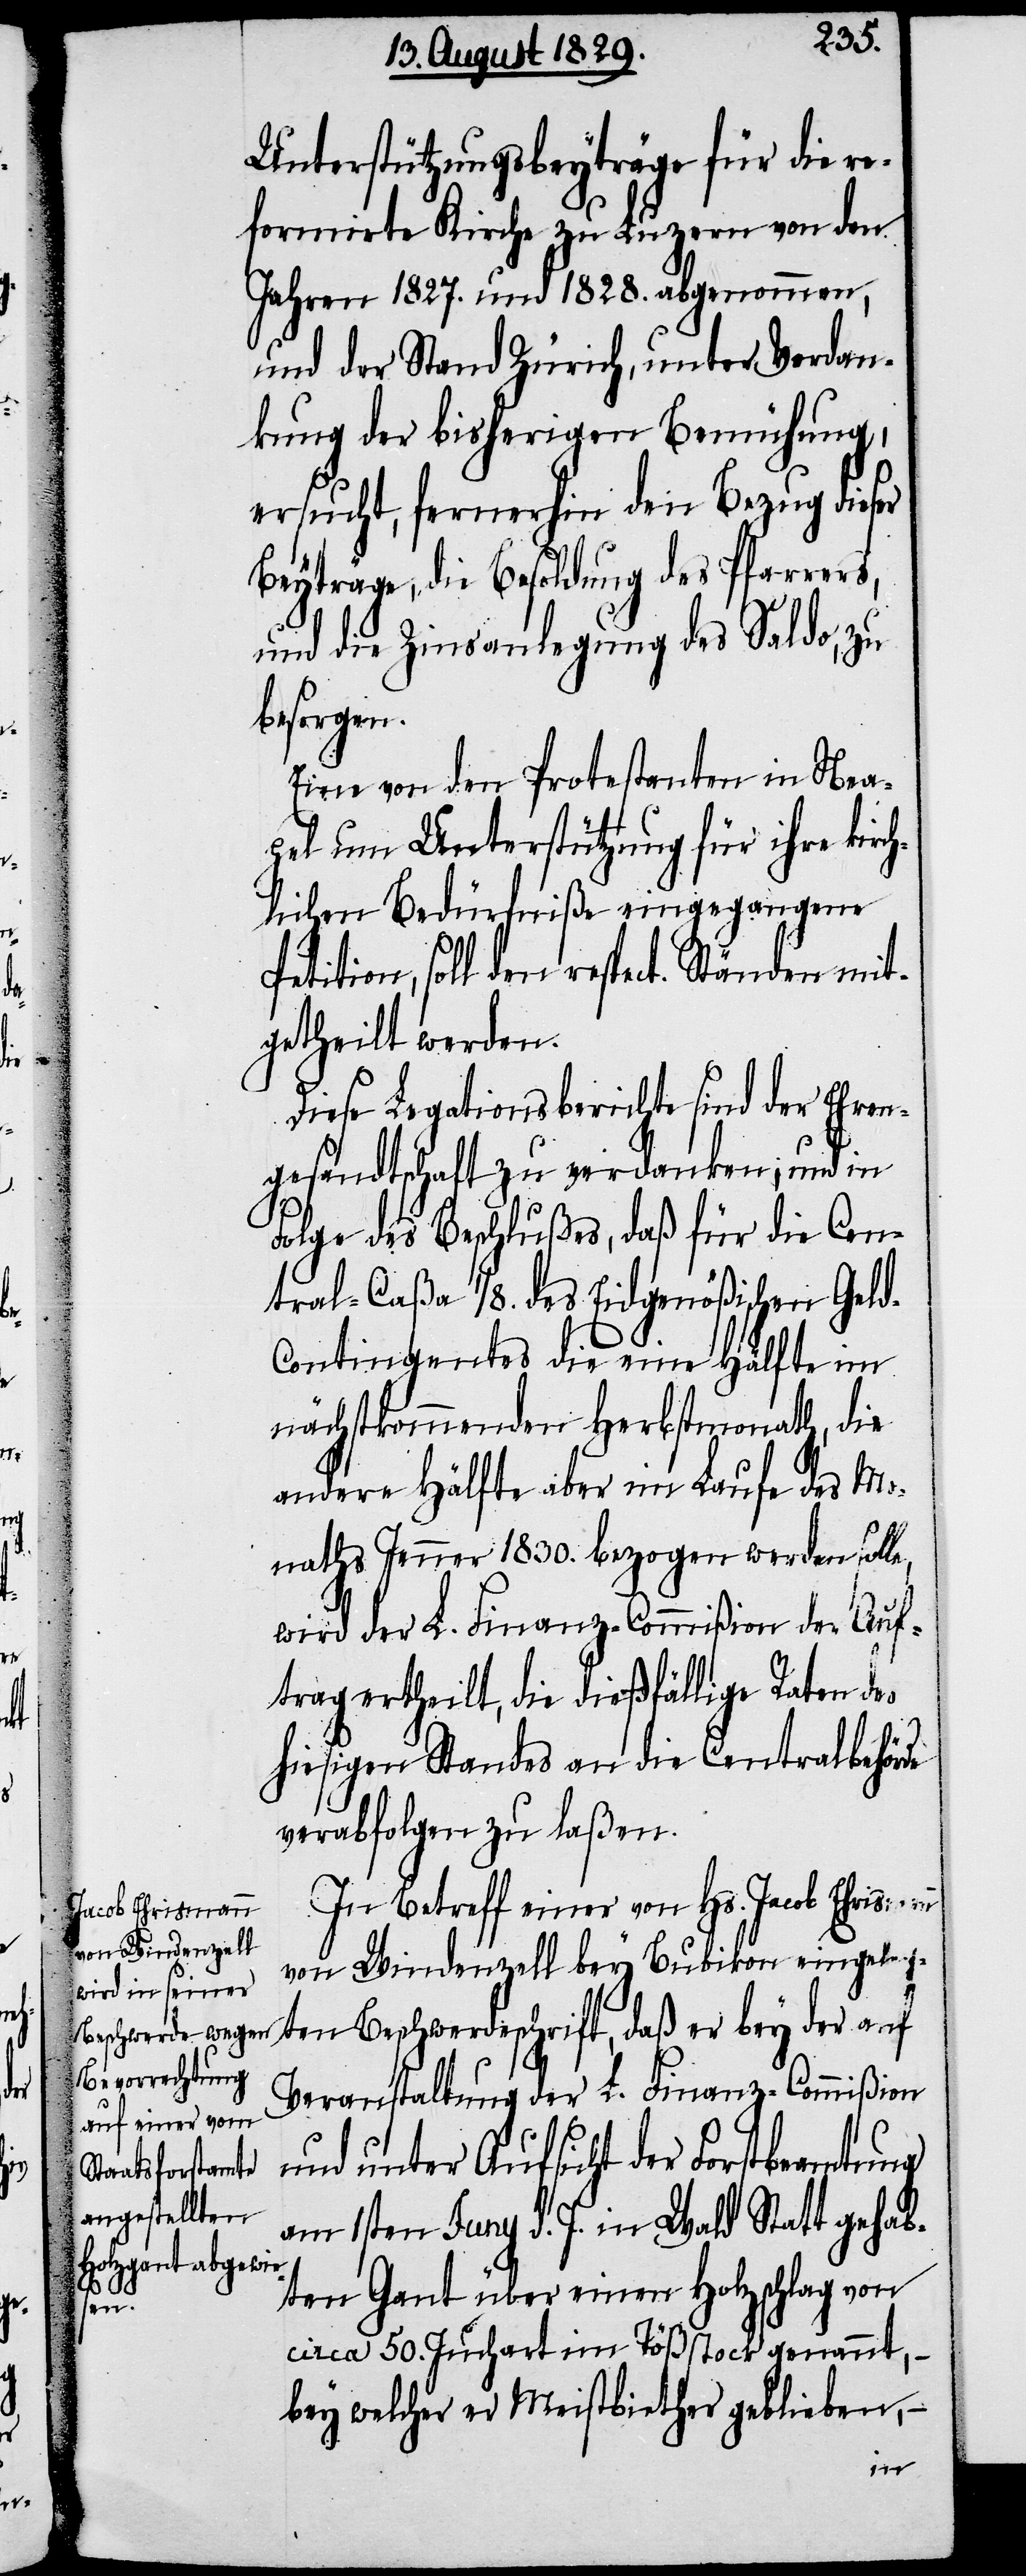
auf
der

Unterstützungsbeyträge für die re¬
formirte Kirche zu Luzern von den
Jahren 1827. und 1828. abgenommen,
und der Stand Zürich, unter Verdan¬
kung der bisherigen Bemühungen,
ersucht, fernerhin den Bezug dieser
Beyträge, die Besoldung des Pfarrers,
und die Zinsanlegung des Saldo, zu
besorgen.
Eine von den Protestanten in Nea¬
pel um Unterstützung für ihre kirc¬
hlichen Bedürfniße eingegangene
Petition, soll den respect. Ständen mit¬
getheilt werden.
Diese Legationsberichte sind der Ehren¬
gesandtschaft zu verdanken, und in
Folge des Beschlußes, daß für die Cen¬
tral-Caßa ⅛. des Eidgenößischen Gel¬
d-Contingentes die eine Hälfte im
nächstkommenden Herbstmonath, die
andere Hälfte aber im Laufe des Mo¬
naths Jenner 1830. bezogen werden solle,
wird der L. Finanz-Commißion der Auf¬
trag ertheilt, die dießfällige Raten des
hiesigen Standes an die Centralbehör¬
verabfolgen zu laßen.
In Betreff einer von Hs. Jacob Ehrismann
von Windenzell bey Bubikon eingelang¬
Veranstaltung der L. Finanz-Commißion
und unter Aufsicht der Forstbeamtung
am 1. Juny d. J. in Wald Statt gehab¬
ten Gant über einen Holzschlag von
circa 50. Juchart im Tößstock genannt, –
bey welcher er Meistbiether geblieben, –